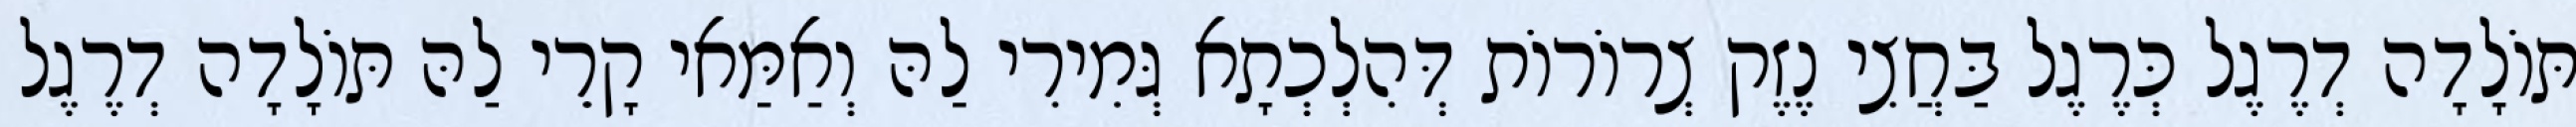
תּוֹלָדָה דְרֶגֶל כְּרֶגֶל בַּחֲצִי נֶזֶק צְרוֹרוֹת דְּהִלְכְתָא גְּמִירִי לַהּ וְאַמַּאי קָרֵי לַהּ תּוֹלָדָה דְרֶגֶל